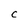
Character: C